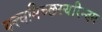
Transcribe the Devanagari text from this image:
यत्त्वमिच्छस्यरिन्दम